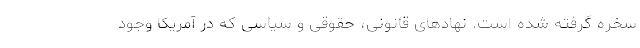
سخره گرفته شده است. نهادهای قانونی، حقوقی و سیاسی که در آمریکا وجود